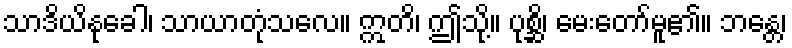
သာဒိယိနုခေါ၊ သာယာတုံသလေ။ ဣတိ၊ ဤသို့။ ပုစ္ဆိ၊ မေးတော်မူ၏။ ဘန္တေ၊